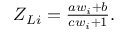
\begin{array} { r } { Z _ { L i } = \frac { a w _ { i } + b } { c w _ { i } + 1 } . } \end{array}